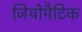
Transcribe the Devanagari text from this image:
जियोमैटिक